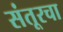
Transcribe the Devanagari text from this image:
संतूरचा